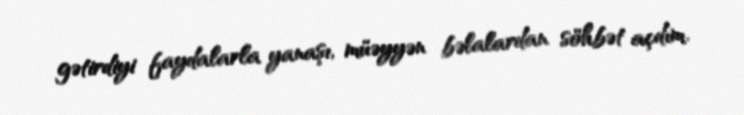
gətirdiyi faydalarla yanaşı, müəyyən bəlalardan söhbət açdım.